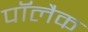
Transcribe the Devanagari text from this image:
पॉलैक